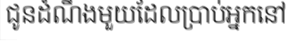
ជូនដំណឹងមួយដែលប្រាប់អ្នកនៅ